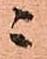
ニ